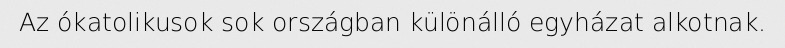
Az ókatolikusok sok országban különálló egyházat alkotnak.